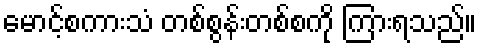
မောင့်စကားသံ တစ်စွန်းတစ်စကို ကြားရသည်။